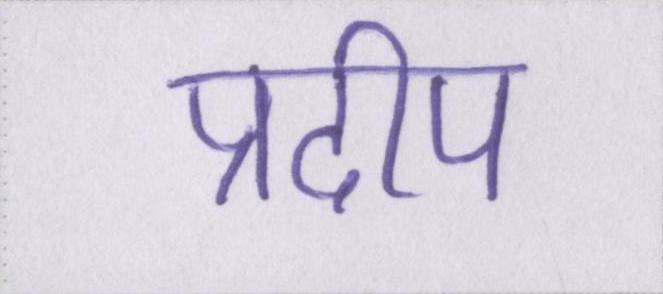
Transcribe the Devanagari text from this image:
प्रदीप